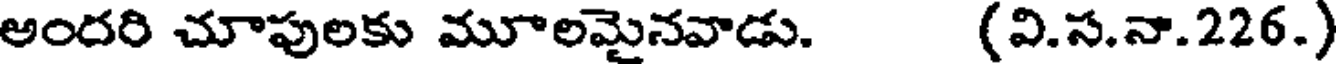
అందరి చూపులకు మూలమైనవాడు. (వి.స.నా.226.)